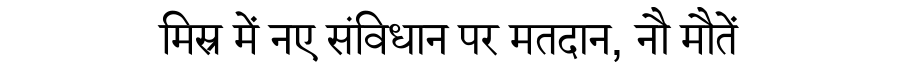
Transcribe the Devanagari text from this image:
मिस्र में नए संविधान पर मतदान, नौ मौतें